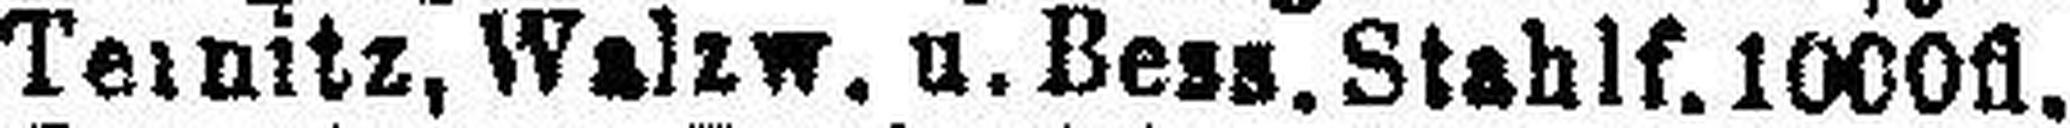
Teinitz, Walzw. u. Bess. Stahlf. 1000fl.